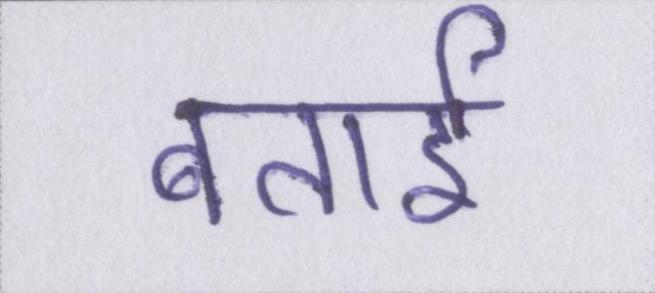
बताई